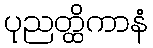
ပုညတ္ထိကာနံ